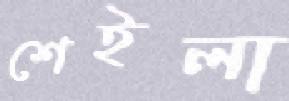
শেইলা